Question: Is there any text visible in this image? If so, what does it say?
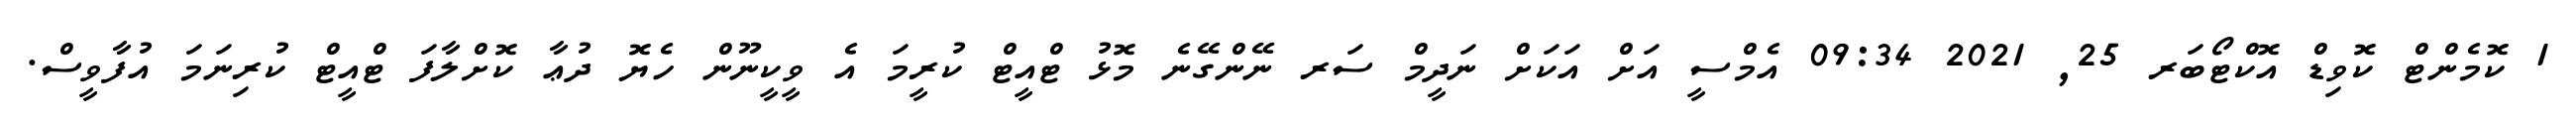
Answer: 1 ކޮމެންޓް ކޮވިޑް އޮކްޓޯބަރ 25, 2021 09:34 އެމްސީ އަށް އަކަށް ނަދީމް ސަރ ނޭންގޭނެ މޮޅު ޓްއީޓް ކުރީމަ އެ ވީކީނޫން ހެޔޮ ދުޢާ ކޮށްލާފަ ޓްއީޓް ކުރިނަމަ އުފާވީސް.